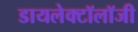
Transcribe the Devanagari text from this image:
डायलेक्टॉलॉजी